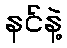
နင်နဲ့